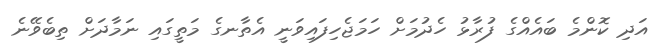
އަދި ކޮންމެ ބައެއްގެ ފުރާޅު ހެދުމަށް ހަމަޖެހިފައިވަނީ އެތާނގެ މަތީގައި ނަމާދަށް ތިބެވޭނެ